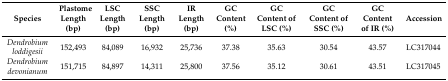
<table><thead><tr><td><b>Species</b></td><td><b>Plastome Length (bp)</b></td><td><b>LSC Length (bp)</b></td><td><b>SSC Length (bp)</b></td><td><b>IR Length (bp)</b></td><td><b>GC Content (%)</b></td><td><b>GC Content of LSC (%)</b></td><td><b>GC Content of SSC (%)</b></td><td><b>GC Content of IR (%)</b></td><td><b>Accession</b></td></tr></thead><tbody><tr><td><i>Dendrobium loddigesii</i></td><td>152,493</td><td>84,089</td><td>16,932</td><td>25,736</td><td>37.38</td><td>35.63</td><td>30.54</td><td>43.57</td><td>LC317044</td></tr><tr><td><i>Dendrobium devonianum</i></td><td>151,715</td><td>84,897</td><td>14,311</td><td>25,800</td><td>37.56</td><td>35.12</td><td>30.61</td><td>43.51</td><td>LC317045</td></tr></tbody></table>